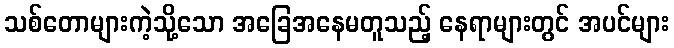
သစ်တောများကဲ့သို့သော အခြေအနေမတူသည့် နေရာများတွင် အပင်များ